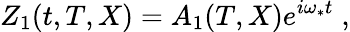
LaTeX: Z_{1}(t,T,X)=A_{1}(T,X)e^{i\omega_{*}t}\; ,